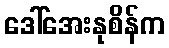
ဒေါ်အေးနုစိန်က